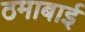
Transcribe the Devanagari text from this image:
ठमाबाई